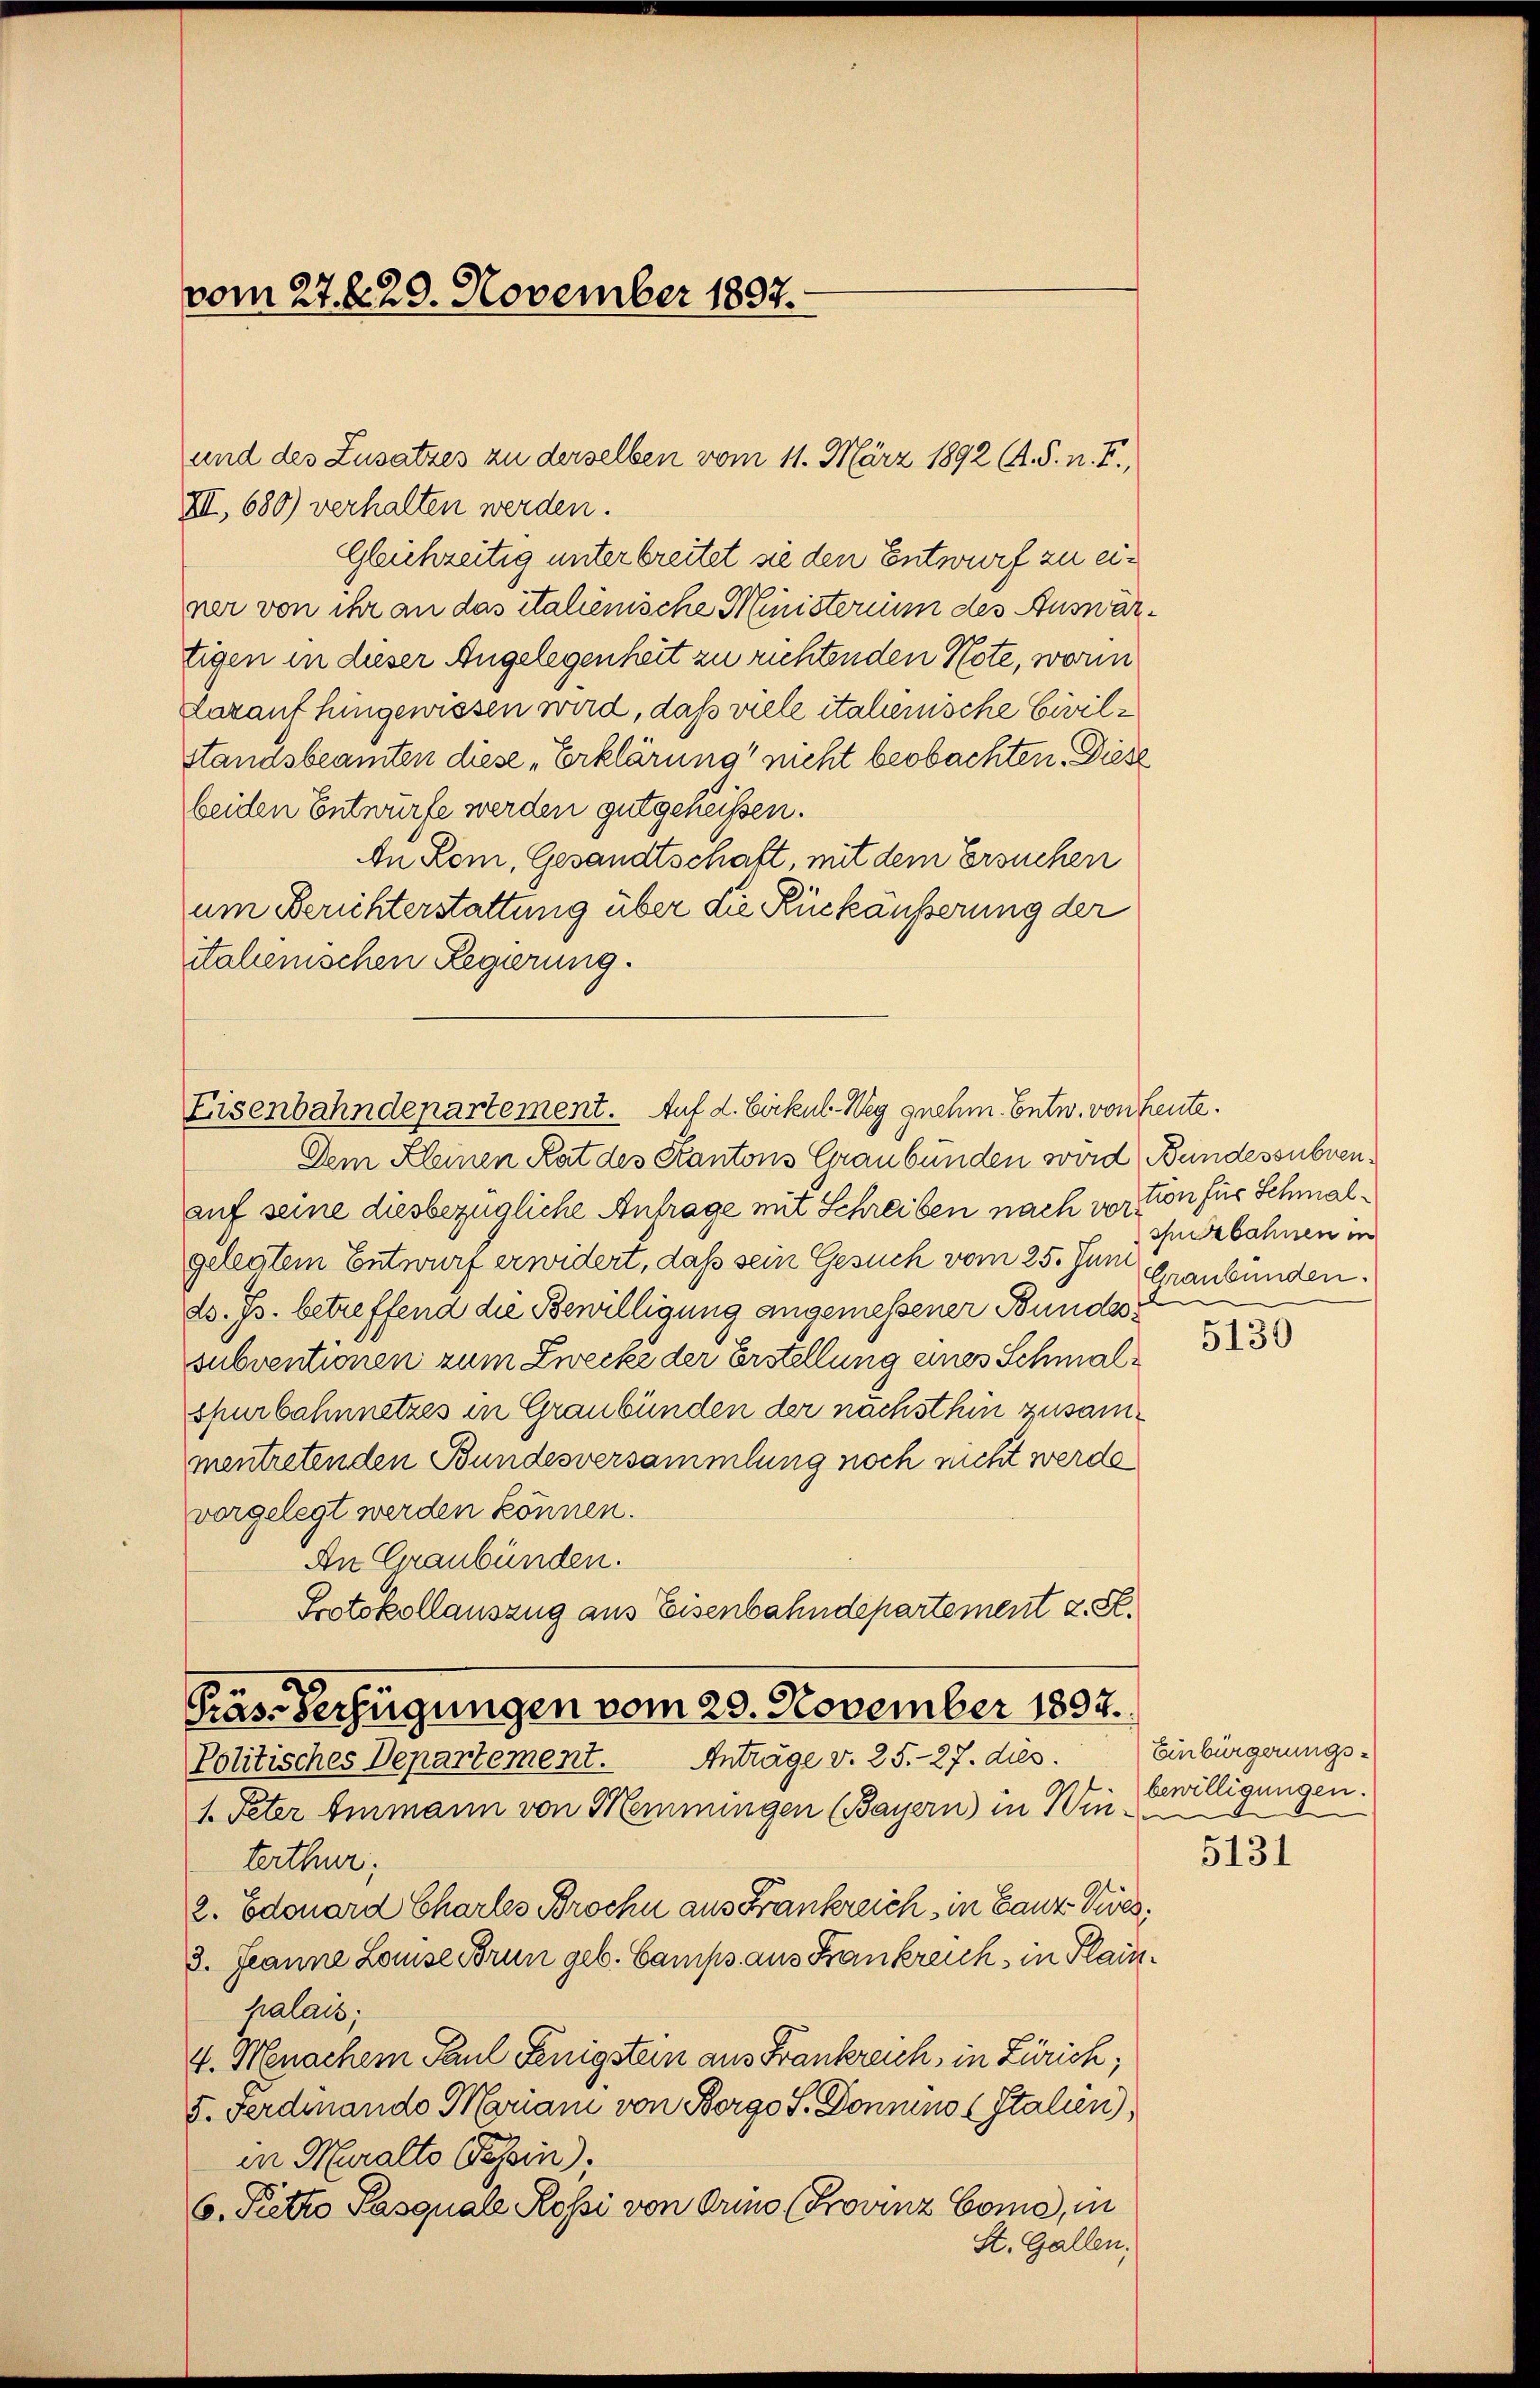
vom 27. 629. November 1897.

XII, 680) verhalten werden.
Gleichzeitig unterbreitet sie den Entwurf zu einer von ihr an das italienische Ministerium des Auswärtigen in dieser Angelegenheit zu richtenden Note, worin
Lavant hingewissen wird, daß viele italienische Civilstandsbeamten diese „Erklärung nicht beobachten. Diese
beiden Entwürfe werden gutgeheissen.
An Rom, Gesandtschaft, mit dem Ersuchen
um Berichterstattung über die Rückäusserung der
italienischen Regierung.

und des Zusatzes zu derselben vom 11. März 1892 (s. S. n. F.,

Eisenbahndepartement. Auf d. Bickel-Weg gnehm. Entw. von Leute.

Dem Kleinen Rat des Kantons Graubünden wird Bundessubvenauf seine diesbezügliche Antrage mit Schreiben nach vortion für Schmalgelegtem Entwurf erwidert, daß sein Gesuch vom 25. Juni
ds. Js. betreffend die Bewilligung angemessener Bundessubventionen zum Zwecke der Erstellung eines Schmalspurbahnnetzes in Graubünden der nächsthin zusammentretenden Bundesversammlung noch nicht werde
vorgelegt werden können.
An Graubünden.
Protokollauszug aus Eisenbahndepartement d. St.
Präs. Verfügungen vom 20. November 1894.
Anträge v. 25. - 27. dies.
Politisches Departement.
1. Peter Ammann von Meinungen (Bayern in Win
terthur;
2. Edouard Charles Brochn aus Frankreich, in Ganz Gies¬
3. Jeanne Louise Brun geb. Camps aus Frankreich in Plainpalais;
4. Menachem Paul Fenigstein aus Frankreich, in Zürich,
5. Ferdinando Marian von Borgo S. Domino Italien),
in Muralto Besein),
6. Petto Pasquale Rossi von Orino (Provinz Come, in
St. Gallen;

shebahnen in
Graubünden.
d

5130

Einbürgerungs-
bewilligungen.
5131